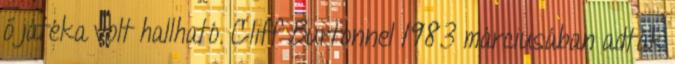
ő játéka volt hallható. Cliff Burtonnel 1983 márciusában adták